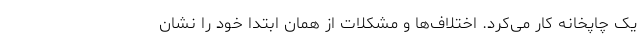
یک چاپخانه کار می‌کرد. اختلاف‌ها و مشکلات از همان ابتدا خود را نشان